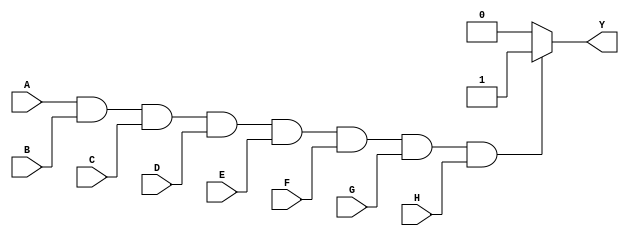
module eight_input_and_gate(
    input A, B, C, D, E, F, G, H,
    output reg Y
);

always @(*)
begin
    if (A & B & C & D & E & F & G & H)
        Y = 1;
    else
        Y = 0;
end

endmodule